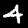
Digit: 4